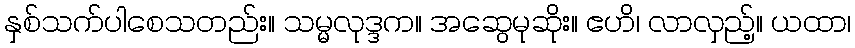
နှစ်သက်ပါစေသတည်း။ သမ္မလုဒ္ဒက။ အဆွေမုဆိုး။ ဧဟိ၊ လာလှည့်။ ယထာ၊